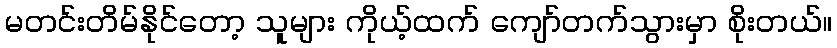
မတင်းတိမ်နိုင်တော့ သူများ ကိုယ့်ထက် ကျော်တက်သွားမှာ စိုးတယ်။